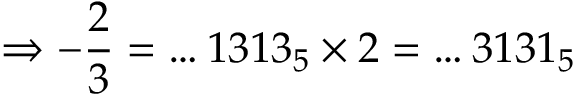
\Rightarrow - { \frac { 2 } { 3 } } = \dots 1 3 1 3 _ { 5 } \times 2 = \dots 3 1 3 1 _ { 5 }